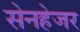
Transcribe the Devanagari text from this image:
सेनहेजर